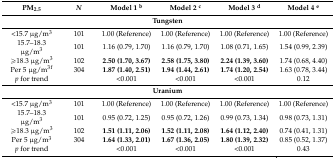
<table><thead><tr><td><b>PM<sub>2.5</sub></b></td><td><b><i>N</i></b></td><td><b>Model 1 <sup>b</sup></b></td><td><b>Model 2 <sup>c</sup></b></td><td><b>Model 3 <sup>d</sup></b></td><td><b>Model 4 <sup>e</sup></b></td></tr></thead><tbody><tr><td colspan="6"><b>Tungsten</b></td></tr><tr><td>&lt;15.7 μg/m<sup>3</sup></td><td>101</td><td>1.00 (Reference)</td><td>1.00 (Reference)</td><td>1.00 (Reference)</td><td>1.00 (Reference)</td></tr><tr><td>15.7–18.3 μg/m<sup>3</sup></td><td>101</td><td>1.16 (0.79, 1.70)</td><td>1.16 (0.79, 1.70)</td><td>1.08 (0.71, 1.65)</td><td>1.54 (0.99, 2.39)</td></tr><tr><td>≥18.3 μg/m<sup>3</sup></td><td>102</td><td><b>2.50 (1.70, 3.67)</b></td><td><b>2.58 (1.75, 3.80)</b></td><td><b>2.24 (1.39, 3.60)</b></td><td>1.74 (0.68, 4.40)</td></tr><tr><td>Per 5 μg/m<sup>3</sup><sup>f</sup></td><td>304</td><td><b>1.87 (1.40, 2.51)</b></td><td><b>1.94 (1.44, 2.61)</b></td><td><b>1.74 (1.20, 2.54)</b></td><td>1.63 (0.78, 3.44)</td></tr><tr><td><i>p</i> for trend</td><td></td><td>&lt;0.001</td><td>&lt;0.001</td><td>&lt;0.001</td><td>0.12</td></tr><tr><td colspan="6"><b>Uranium</b></td></tr><tr><td>&lt;15.7 μg/m<sup>3</sup></td><td>101</td><td>1.00 (Reference)</td><td>1.00 (Reference)</td><td>1.00 (Reference)</td><td>1.00 (Reference)</td></tr><tr><td>15.7–18.3 μg/m<sup>3</sup></td><td>101</td><td>0.95 (0.72, 1.25)</td><td>0.95 (0.72, 1.26)</td><td>0.99 (0.73, 1.34)</td><td>0.98 (0.73, 1.31)</td></tr><tr><td>≥18.3 μg/m<sup>3</sup></td><td>102</td><td><b>1.51 (1.11, 2.06)</b></td><td><b>1.52 (1.11, 2.08)</b></td><td><b>1.64 (1.12, 2.40)</b></td><td>0.74 (0.41, 1.31)</td></tr><tr><td>Per 5 μg/m<sup>3</sup></td><td>304</td><td><b>1.64 (1.33, 2.01)</b></td><td><b>1.67 (1.36, 2.05)</b></td><td><b>1.80 (1.39, 2.32)</b></td><td>0.85 (0.52, 1.37)</td></tr><tr><td><i>p</i> for trend</td><td></td><td>&lt;0.001</td><td>&lt;0.001</td><td>&lt;0.001</td><td>0.43</td></tr></tbody></table>